Vaccination in Burma 1889-1999 - 1889-1999
Year: 1889
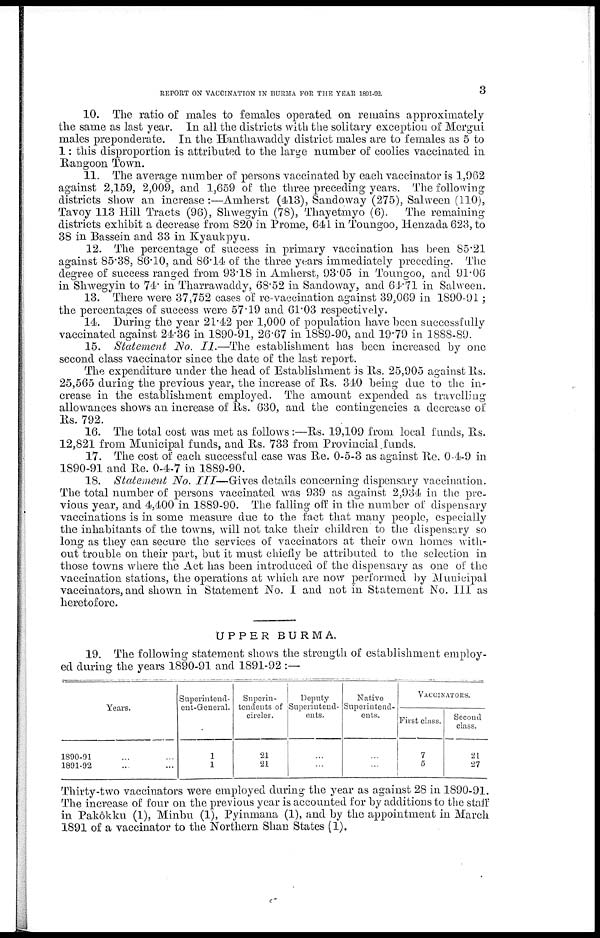
REPORT ON VACCINATION IN BURMA FOR THE YEAR 1891-92.
3
10. The ratio of males to females operated on remains approximately
the same as last year. In all the districts with the solitary exception of Mergui
males preponderate. In the Hanthawaddy district males are to females as 5 to
1: this disproportion is attributed to the large number of coolies vaccinated in
Rangoon Town.
11. The average number of persons vaccinated by each vaccinator is 1,962
against 2,159, 2,009, and 1,659 of the three preceding years. The following
districts show an increase:—Amherst (413), Sandoway (275), Salween (110),
Tavoy 113 Hill Tracts (96), Shwegyin (78), Thayetmyo (6). The remaining
districts exhibit a decrease from 820 in Prome, 641 in Toungoo, Henzada 623, to
38 in Bassein and 33 in Kyaukpyu.
12. The percentage of success in primary vaccination has been 85.21
against 85.38, 86.10, and 86.14 of the three years immediately preceding. The
degree of success ranged from 93.18 in Amherst, 93.05 in Toungoo, and 91.06
in Shwegyin to 74. in Tharrawaddy, 68.52 in Sandoway, and 64.71 in Salween.
13. There were 37,752 cases of re-vaccination against 39,069 in 1890-91 ;
the percentages of success were 57.19 and 61.03 respectively.
14. During the year 21.42 per 1,000 of population have been successfully
vaccinated against 24.36 in 1890-91, 26.67 in 1889-90, and 19.79 in 1888-89.
15. Statement No. II.—The establishment has been increased by one
second class vaccinator since the date of the last report.
The expenditure under the head of Establishment is Rs. 25,905 against Rs.
25,565 during the previous year, the increase of Rs. 340 being due to the in-
crease in the establishment employed. The amount expended as travelling
allowances shows an increase of Rs. 630, and the contingencies a decrease of
Rs. 792.
16. The total cost was met as follows:—Rs. 19,109 from local funds, Rs.
12,821 from Municipal funds, and Rs. 733 from Provincial funds.
17. The cost of each successful case was Re. 0-5-3 as against Re. 0-4-9 in
1890-91 and Re. 0-4-7 in 1889-90.
18. Statement No. III—Gives details concerning dispensary vaccination.
The total number of persons vaccinated was 939 as against 2,934 in the pre-
vious year, and 4,400 in 1889-90. The falling off in the number of dispensary
vaccinations is in some measure due to the fact that many people, especially
the inhabitants of the towns, will not take their children to the dispensary so
long as they can secure the services of vaccinators at their own homes with-
out trouble on their part, but it must chiefly be attributed to the selection in
those towns where the Act has been introduced of the dispensary as one of the
vaccination stations, the operations at which are now performed by Municipal
vaccinators, and shown in Statement No. I and not in Statement No. III as
heretofore.
UPPER BURMA.
19. The following statement shows the strength of establishment employ-
ed during the years 1890-91 and 1891-92 :—
Years.
1890-91 ... ...
1891-92 ... ...
Superintend-
ent-General.
1
1
Superin-
tendents of
circles.
21
21
Deputy
Superintend-
ents.
...
...
Native
Superintend-
ents.
...
...
VACCINATORS.
First class.
7
5
Second
class.
21
27
Thirty-two vaccinators were employed during the year as against 28 in 1890-91.
The increase of four on the previous year is accounted for by additions to the staff
in Pakôkku (1), Minbu (1), Pyinmana (1), and by the appointment in March
1891 of a vaccinator to the Northern Shan States (1).